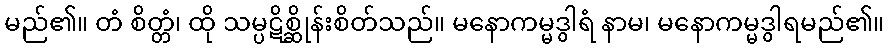
မည်၏။ တံ စိတ္တံ၊ ထို သမ္ပဋိစ္ဆိုန်းစိတ်သည်။ မနောကမ္မဒွါရံ နာမ၊ မနောကမ္မဒွါရမည်၏။